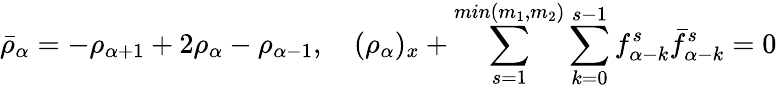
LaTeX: \bar{\rho}_{\alpha}=-\rho_{\alpha+1}+2\rho_{\alpha}-\rho_{\alpha-1},\quad(\rho_{\alpha})_{x}+\sum_{s=1}^{min(m_{1},m_{2})}\sum_{k=0}^{s-1}f_{\alpha-k}^{s}\bar{f}_{\alpha-k}^{s}=0